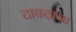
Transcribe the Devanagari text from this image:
दाबढ़ाना